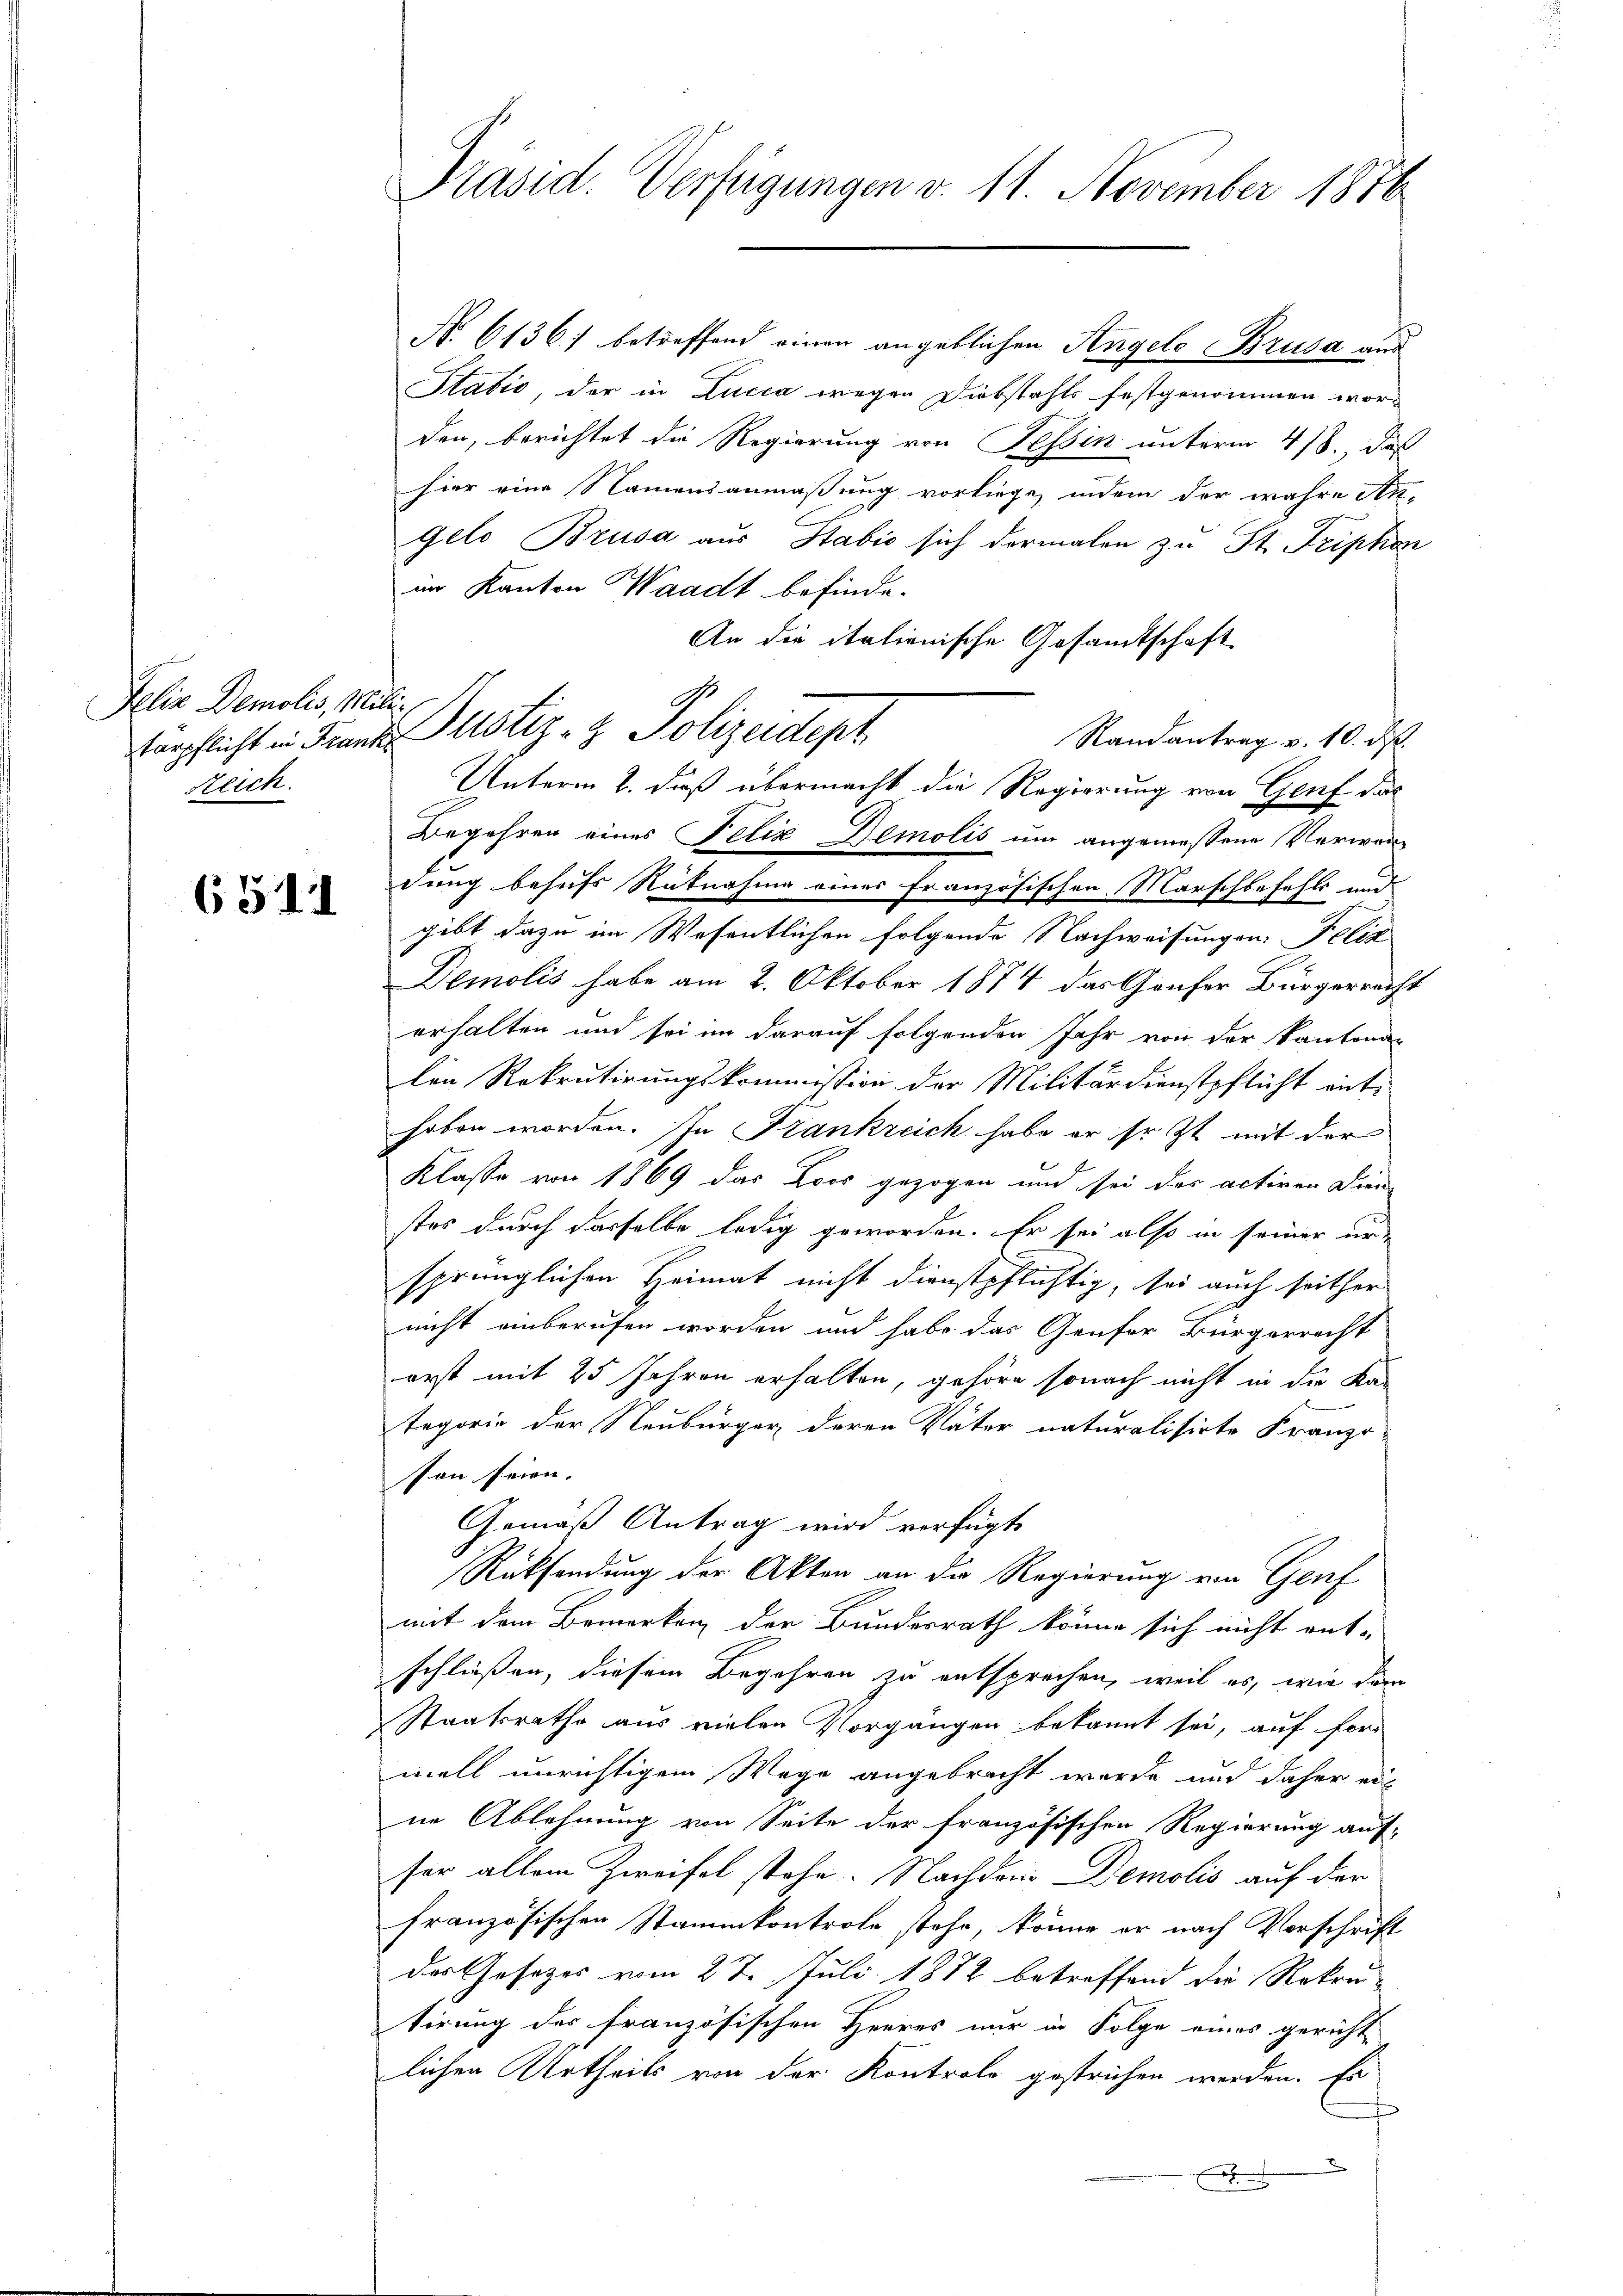
Felix Demolis, Militärpflicht in Franz
Reich.

651

Präsid. Verfügungen v. 11. November 1876

No. 6136) betreffend einer angeblichen Angelo Brusa aus
Stašić, der in Lucca wegen Diebstahls festgenommen wor-
den, berichtet die Regierung von Tessin unterm 4/8., daß
hier eine Namensanmaßung vorliege, indem der wahre An-
Gelo Brusa aus Stabić sich dermalen zu St. Triphon
im Kanton Waadt befinde.
An die italienische Gesandtschaft
Randantrag v. 10. ds.
Begehren eines Felix Demolis um angemessene Verwandung behufs Rütnahme eines französischen Marschbefahls und
gibt dazu im Wesentlichen folgende Nachweisungen Felix
Demolis habe am 2. Oktober 1874 das Gruser Bürgerrecht
erhalten und sei im darauf folgenden Jahr von der Kantona-
len Rekrutirungskommission der Militärdienstpflicht ent-
hoben worden. In Frankreich habe er ihr zt mit der
Klasse von 1869 das Loos gezogen und sei des activen Dien-
stes durch dasselbe ledig geworden. Er sei also in seiner ursprünglichen Heimat nicht dienstpflichtig, sei auch seither
nicht unberufen worden und habe das Genfer Bürgerrecht
erst mit 25 Jahren erhalten, gehöre sonach nicht in die Ka-
tegorie der Neubürger deren Vater naturalisirte Franz-
sen seien.
Gemäß Antrag wird verfügte
Rücksendung der Akten an die Regierung von Genf
mit dem Bemerken, der Bundesrath könne sich nicht ent-
schließen, diesem Begehren zu entsprechen, weil es, wie dann
Staatsrathe aus vielen Vorgängen bekannt sei, auf for
mell unrichtigem Wege angebracht werde und daher ein
ne Ablehnung von Seite der französischen Regierung auf-
ser allein Zweifel stehe. Nachdem Demolis auf der
französischen Stammkontrole stehe, könne er nach Vorschrift
das Gesetzes vom 27. Juli 1872 betreffend die Rekrutirung des französischen Herres nur in Folge eines gerichte
lichen Urtheils von der Kontrole gestrichen werden. Er
x

1.
Justiz- & Polizeidept
Unterm 2. daß übermacht die Regierung von Genf das